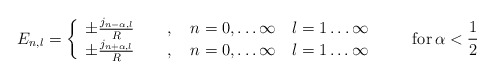
\begin{align*}E_{n,l}=\left\{\begin{array}{l} \pm\frac{j_{n-\alpha,l}}{R} \qquad , \quad n=0,\ldots\infty \quad l=1\ldots\infty\\ \pm\frac{j_{n+\alpha,l}}{R} \qquad , \quad n=0,\ldots\infty \quad l=1\ldots\infty\end{array}\right. \qquad {\rm for}\,\alpha< \frac{1}{2} \end{align*}